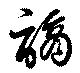
謫